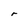
Character: r